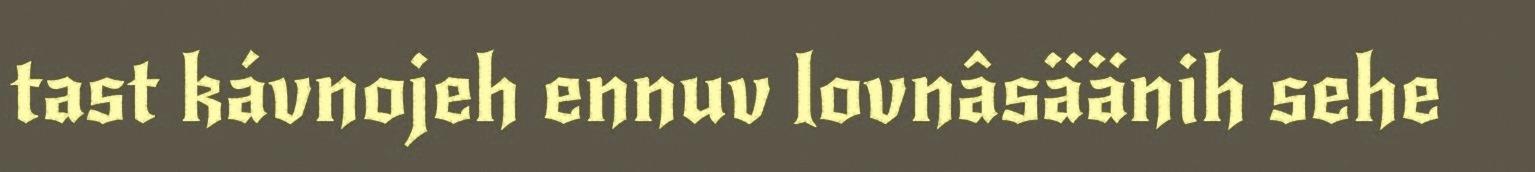
tast kávnojeh ennuv lovnâsäänih sehe